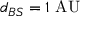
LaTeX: d _ { B S } = 1 { \mathrm { ~ A U } }